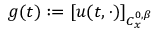
g ( t ) : = [ u ( t , \cdot ) ] _ { C _ { x } ^ { 0 , \beta } }